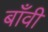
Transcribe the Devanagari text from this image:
बाँवी